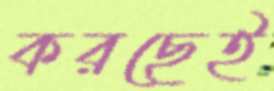
করছেই